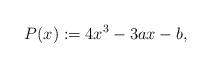
LaTeX: \begin{align*} P(x) := 4x^3 - 3ax - b, \end{align*}